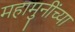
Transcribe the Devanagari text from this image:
महामुनींच्या